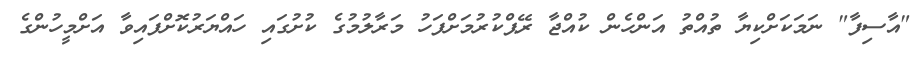
"އާސިފާ" ނަމަކަށްކިޔާ ތުއްތު އަންހެން ކުއްޖާ ރޭޕްކުރުމަށްފަހު މަރާލުމުގެ ކުށުގައި ހައްޔަރުކޮށްފައިވާ އަށްމީހުންގެ